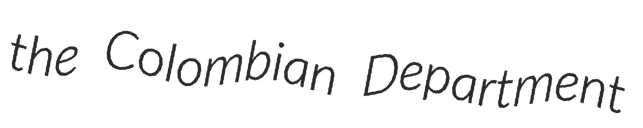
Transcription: the Colombian Department